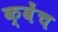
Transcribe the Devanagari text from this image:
क्वेंच